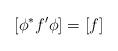
LaTeX: \begin{align*} [\phi^* f'\phi]=[f] \end{align*}